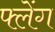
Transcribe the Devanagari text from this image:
फ्लेंग